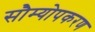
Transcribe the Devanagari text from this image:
सौम्योपकरण